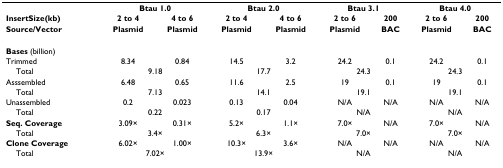
<table><thead><tr><td></td><td colspan="2"><b>Btau 1.0</b></td><td colspan="2"><b>Btau 2.0</b></td><td colspan="2"><b>Btau 3.1</b></td><td colspan="2"><b>Btau 4.0</b></td></tr><tr><td><b>InsertSize(kb)</b></td><td><b>2 to 4</b></td><td><b>4 to 6</b></td><td><b>2 to 4</b></td><td><b>4 to 6</b></td><td><b>2 to 6</b></td><td><b>200</b></td><td><b>2 to 6</b></td><td><b>200</b></td></tr><tr><td><b>Source/Vector</b></td><td><b>Plasmid</b></td><td><b>Plasmid</b></td><td><b>Plasmid</b></td><td><b>Plasmid</b></td><td><b>Plasmid</b></td><td><b>BAC</b></td><td><b>Plasmid</b></td><td><b>BAC</b></td></tr></thead><tbody><tr><td><b>Bases </b>(billion)</td><td></td><td></td><td></td><td></td><td></td><td></td><td></td><td></td></tr><tr><td>Trimmed</td><td>8.34</td><td>0.84</td><td>14.5</td><td>3.2</td><td>24.2</td><td>0.1</td><td>24.2</td><td>0.1</td></tr><tr><td> Total</td><td colspan="2">9.18</td><td colspan="2">17.7</td><td colspan="2">24.3</td><td colspan="2">24.3</td></tr><tr><td>Asssembled</td><td>6.48</td><td>0.65</td><td>11.6</td><td>2.5</td><td>19</td><td>0.1</td><td>19</td><td>0.1</td></tr><tr><td> Total</td><td colspan="2">7.13</td><td colspan="2">14.1</td><td colspan="2">19.1</td><td colspan="2">19.1</td></tr><tr><td>Unassembled</td><td>0.2</td><td>0.023</td><td>0.13</td><td>0.04</td><td>N/A</td><td>N/A</td><td>N/A</td><td>N/A</td></tr><tr><td> Total</td><td colspan="2">0.22</td><td colspan="2">0.17</td><td colspan="2">N/A</td><td colspan="2">N/A</td></tr><tr><td><b>Seq. Coverage</b></td><td>3.09×</td><td>0.31×</td><td>5.2×</td><td>1.1×</td><td>7.0×</td><td>N/A</td><td>7.0×</td><td>N/A</td></tr><tr><td> Total</td><td colspan="2">3.4×</td><td colspan="2">6.3×</td><td colspan="2">7.0×</td><td colspan="2">7.0×</td></tr><tr><td><b>Clone Coverage</b></td><td>6.02×</td><td>1.00×</td><td>10.3×</td><td>3.6×</td><td>N/A</td><td>N/A</td><td>N/A</td><td>N/A</td></tr><tr><td> Total</td><td colspan="2">7.02×</td><td colspan="2">13.9×</td><td colspan="2">N/A</td><td colspan="2">N/A</td></tr></tbody></table>